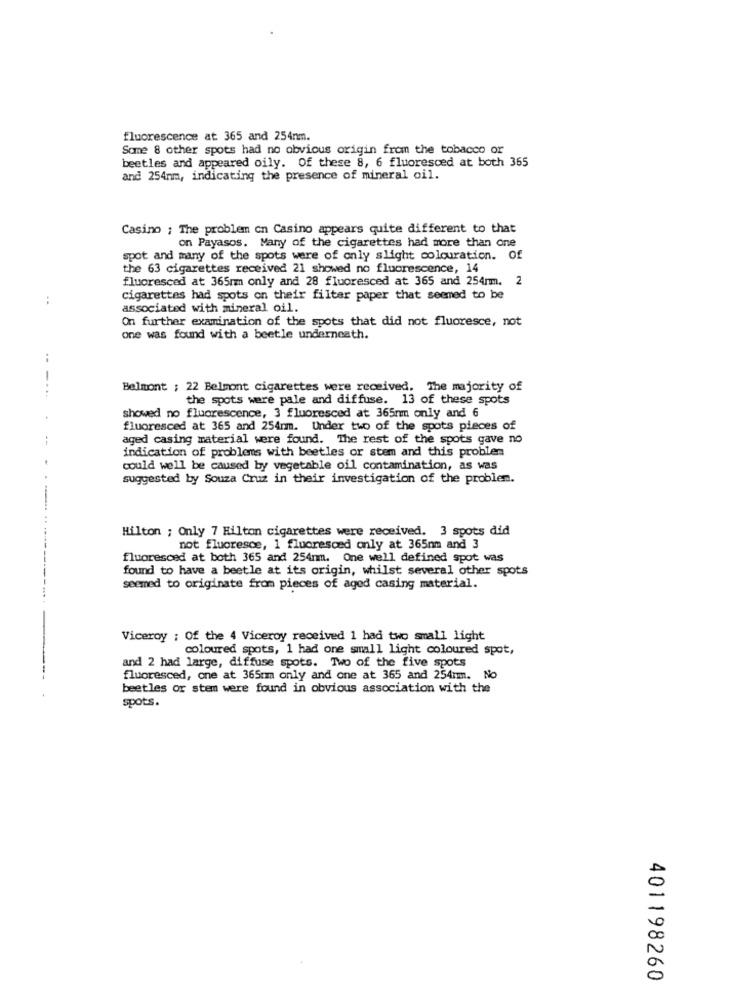
fluorescence at 365 and 254nm.
Some 8 other spots had no obvious origin from the tobacco or
beetles and appeared oily. Of these 8, 6 fluoresced at both 365
and 254mm, indicating the presence of mineral oil.
Casino ; The problem on Casino appears quite different to that
on Payasos. Many of the cigarettes had more than one
spot and many of the spots were of only slight colouration. Of
the 63 cigarettes received 21 showed no fluorescence, 14
fluoresced at 365mm only and 28 fluoresced at 365 and 254mm. 2
cigarettes had spots on their filter paper that seemed to be
associated with mineral oil.
On further examination of the spots that did not fluoresce, not
one was found with a beetle underneath.
Belmont ; 22 Belmont cigarettes were received. The majority of
the spots were pale and diffuse. 13 of these spots
showed no fluorescence, 3 fluoresced at 365nm only and 6
fluoresced at 365 and 254nm. Under two of the spots pieces of
aged casing material were found. The rest of the spots gave no
indication of problems with beetles or stem and this problem
could well be caused by vegetable oil contamination, as was
suggested by Souza Cruz in their investigation of the problem.
Hilton ; Only 7 Hilton cigarettes were received. 3 spots did
not fluoresce, 1 fluoresced only at 365nm and 3
fluoresced at both 365 and 254nm. One well defined spot was
found to have a beetle at its origin, whilst several other spots
seemed to originate from pieces of aged casing material.
Viceroy ; Of the 4 Viceroy received 1 had two small light
coloured spots, 1 had one small light coloured spot,
and 2 had large, diffuse spots. Two of the five spots
fluoresced, one at 365mm only and one at 365 and 254mm. No
beetles or stem were found in obvious association with the
spots.
401198260